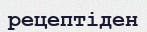
рецептіден